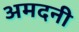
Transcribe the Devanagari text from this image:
अमदनी